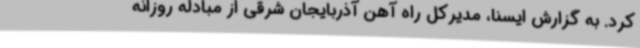
کرد. به گزارش ایسنا، مدیرکل راه آهن آذربایجان شرقی از مبادله روزانه